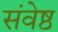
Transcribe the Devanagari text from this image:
संवेष्ठ